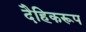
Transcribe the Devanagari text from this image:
दैहिकरूप